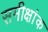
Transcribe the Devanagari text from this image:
समीक्षांक